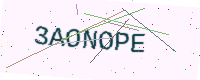
Text: 3AONOPE